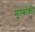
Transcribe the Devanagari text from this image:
मुम्बाकी